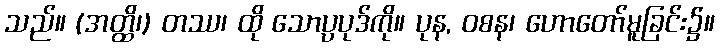
သည်။ (အတ္ထိ၊) တဿ၊ ထို သောပ္ပပုဒ်ကို။ ပုန, ဝစန၊ ဟောတော်မူခြင်း၌။